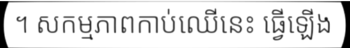
។ សកម្មភាពកាប់ឈើនេះ ធ្វើឡើង